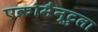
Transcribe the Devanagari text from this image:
एक्रोमैन्टुला